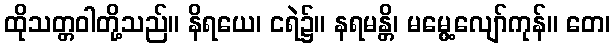
ထိုသတ္တဝါတို့သည်။ နိရယေ၊ ငရဲ၌။ နရမန္တိ၊ မမွေ့လျော်ကုန်။ တေ၊